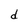
Character: d